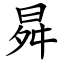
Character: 曻